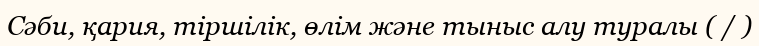
Сәби, қария, тіршілік, өлім және тыныс алу туралы ( / )